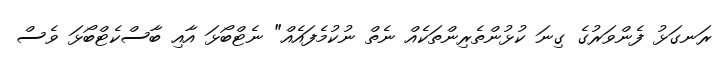
ރަނގަޅު ފެންވަރުގެ ގިނަ ކުޅުންތެރިންތަކެއް ނެތް ނުކުމެފައެއް" ނެޓްބޯޅަ އާއި ބާސްކެޓްބޯޅަ ވެސް